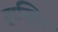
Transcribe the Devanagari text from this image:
ट्रान्झिट